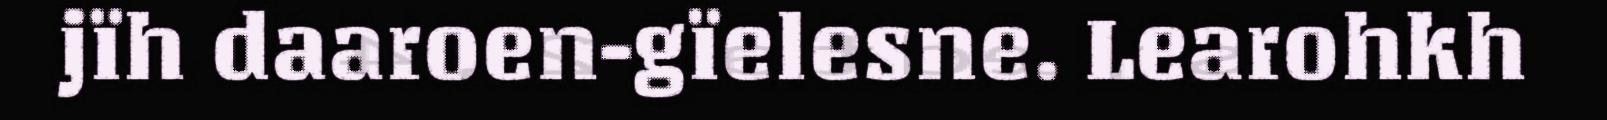
jïh daaroen-gïelesne. Learohkh